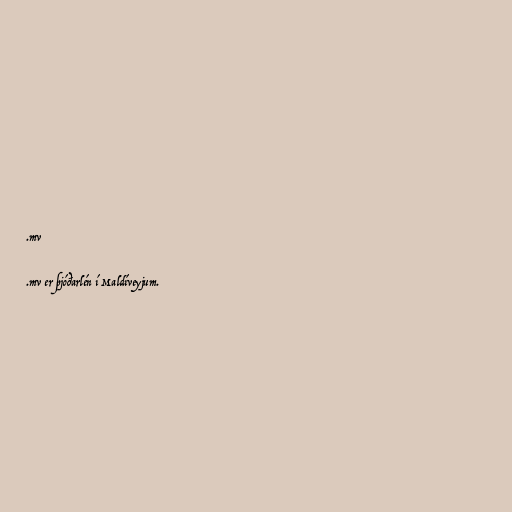
.mv

.mv er þjóðarlén í Maldíveyjum.